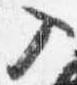
入